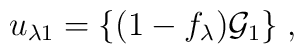
u_{\lambda 1}= \{ (1-f_\lambda){\cal G}_{1} \} \; ,